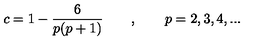
c = 1 - \frac { 6 } { p ( p + 1 ) } \qquad , \qquad p = 2 , 3 , 4 , . . .